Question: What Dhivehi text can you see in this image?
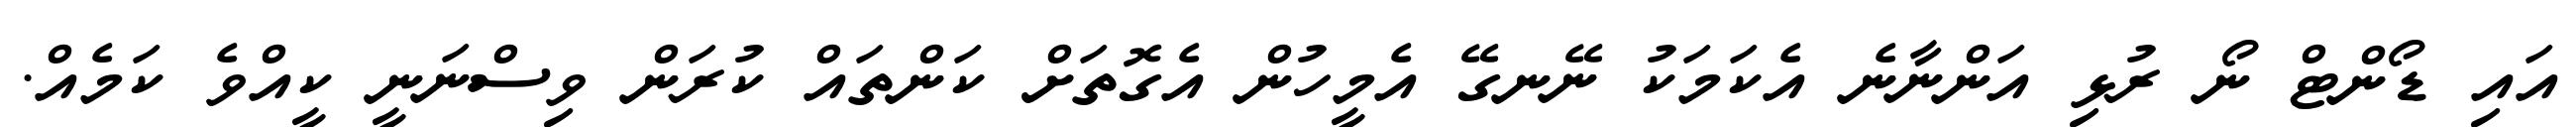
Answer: އައި ޑޯންޓް ނޯ ރުޅި އަންނާނެ އެކަމަކު ނޭނގޭ އެމީހުން އެގޮތަށް ކަންތައް ކުރަން ވިސްނަނީ ކީއްވެ ކަމެއް.